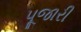
પૂજારી